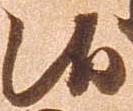
候